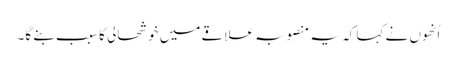
اُنھوں نے کہا کہ یہ منصوبہ علاقے میں خوشحالی کا سبب بنے گا۔